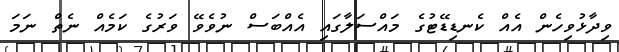
ވިދާޅުވިހެން އެއް ކެނޑިޑޭޓުގެ މައްސަލާގަައި އެއްބަސް ނުވެވޭ ވަރުގެ ކަމެއް ނެތް ނަމަ